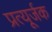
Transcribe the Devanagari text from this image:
प्रत्यूर्जक